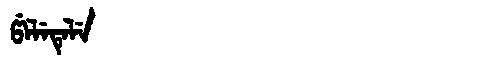
Manchu: ᡦᡝᠯᡝᡨᡝᠯᡝ
Romanization: PELETELE